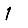
Digit: 1